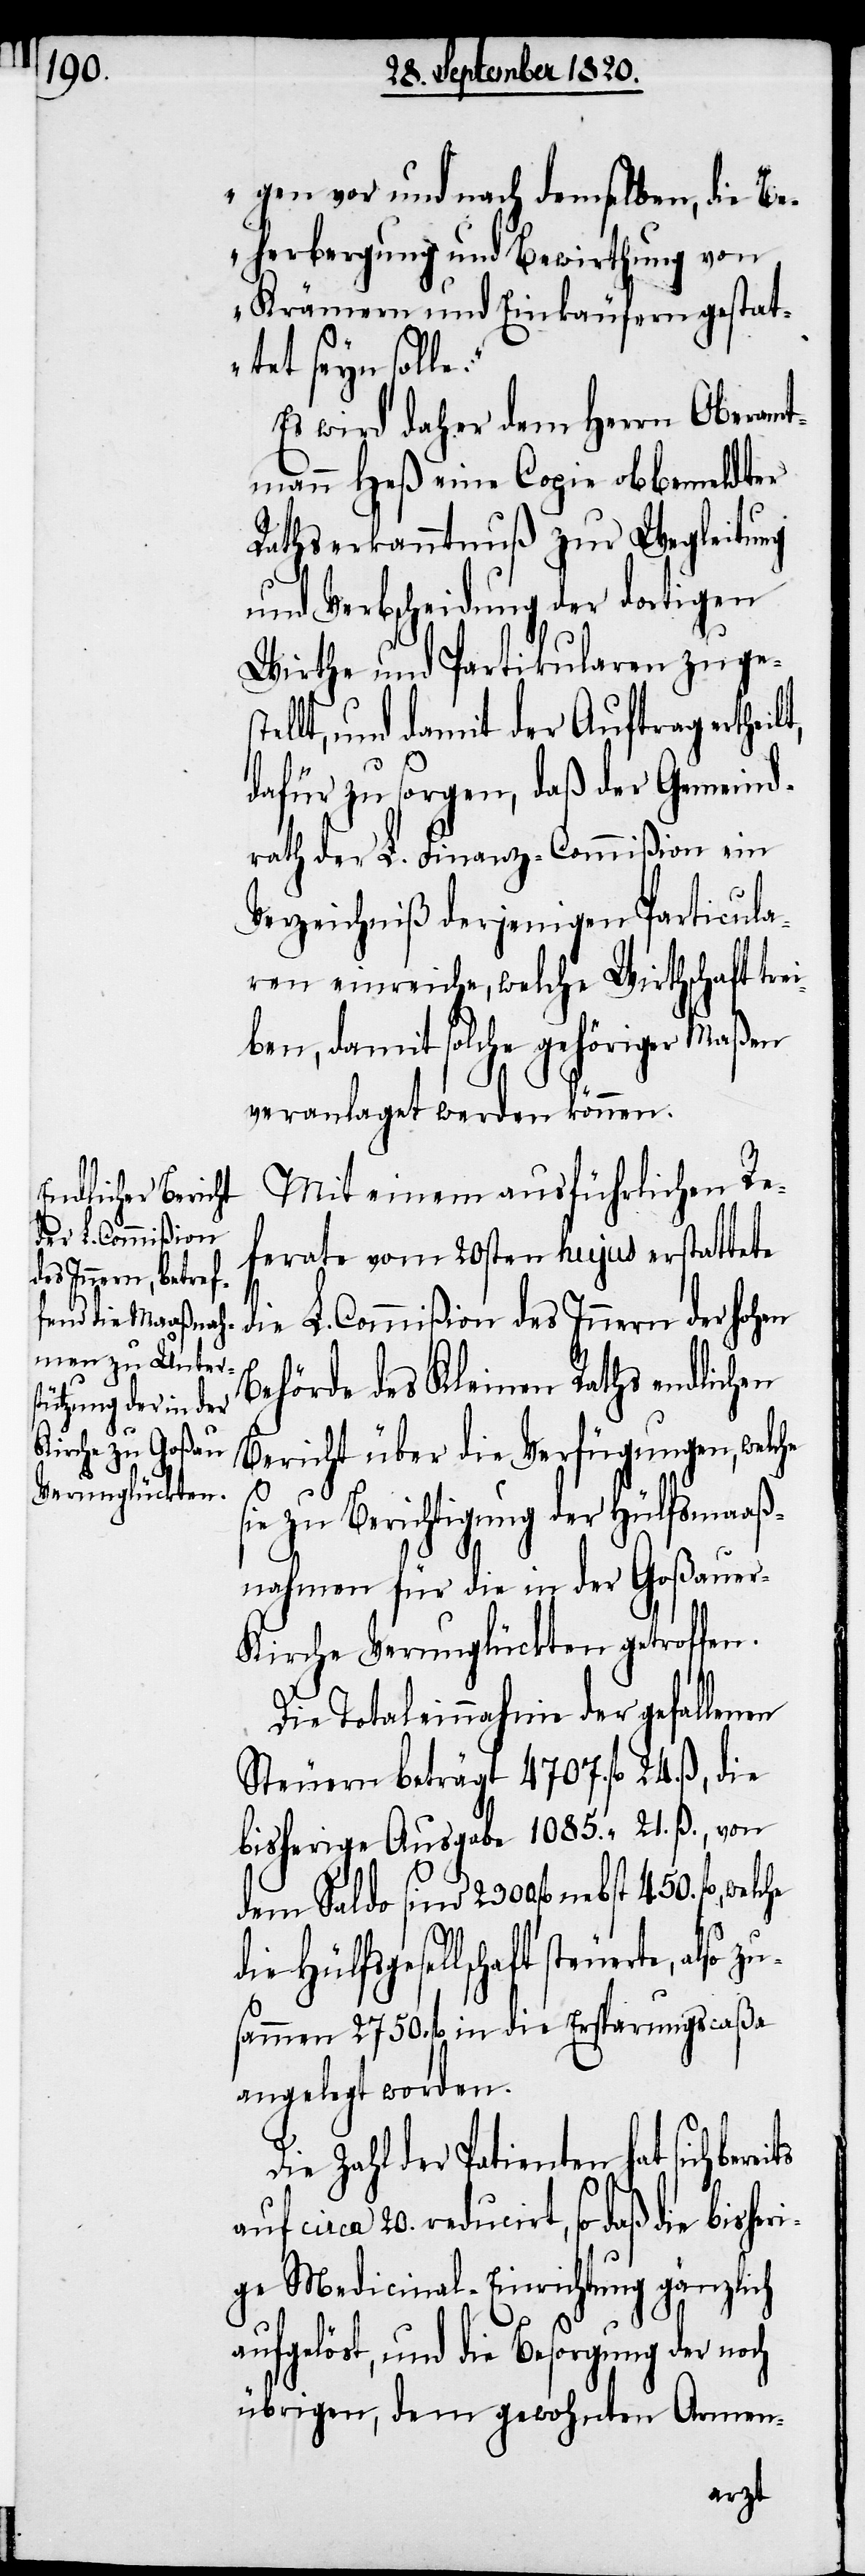
gen vor und nach demselben, die Be¬
herbergung und Bewirthung von
Krämern und Einkäufern gestat¬
tet seyn solle“.
Es wird daher dem Herrn Oberamt¬
mann Heß eine Copie obbemeldter
Rathserkanntnuß zur Wegleitung
und Verbscheidung der dortigen
Wirthe und Partikularen zugest¬
ellt, und damit der Auftrag ertheilt,
dafür zu sorgen, daß der Gemeind¬
rath der L. Finanz-Commißion ein
Verzeichniß derjenigen Particula¬
ren einreiche, welche Wirthschaft trei¬
ben, damit solche gehöriger Maßen
veranlaget werden können.
Mit einem ausführlichen Re¬
ferate vom 20sten hujus erstattete
die L. Commißion des Innern der hohen
Behörde des Kleinen Raths endlichen
Bericht über die Verfügungen, welche
sie zu Berichtigung der Hülfsmaaß¬
nahmen für die in der Goßaue¬
r-Kirche Verunglückten getroffen.
Die Totaleinnahme der gefallenen
Steuern beträgt 4707. fl. 24. ß.,
die Hülfsgesellschaft steuerte, a¬
sammen 2750. fl. in die Ersparnungscaßa
angelegt worden.
Die Zahl der Patienten hat sich
circa 20. reducirt, so daß die bisher¬
ige Medicinal-Einrichtung gänzlich
aufgelöst, und die Besorgung der noch
übrigen, dem gewohnten Armen-
lso zu¬